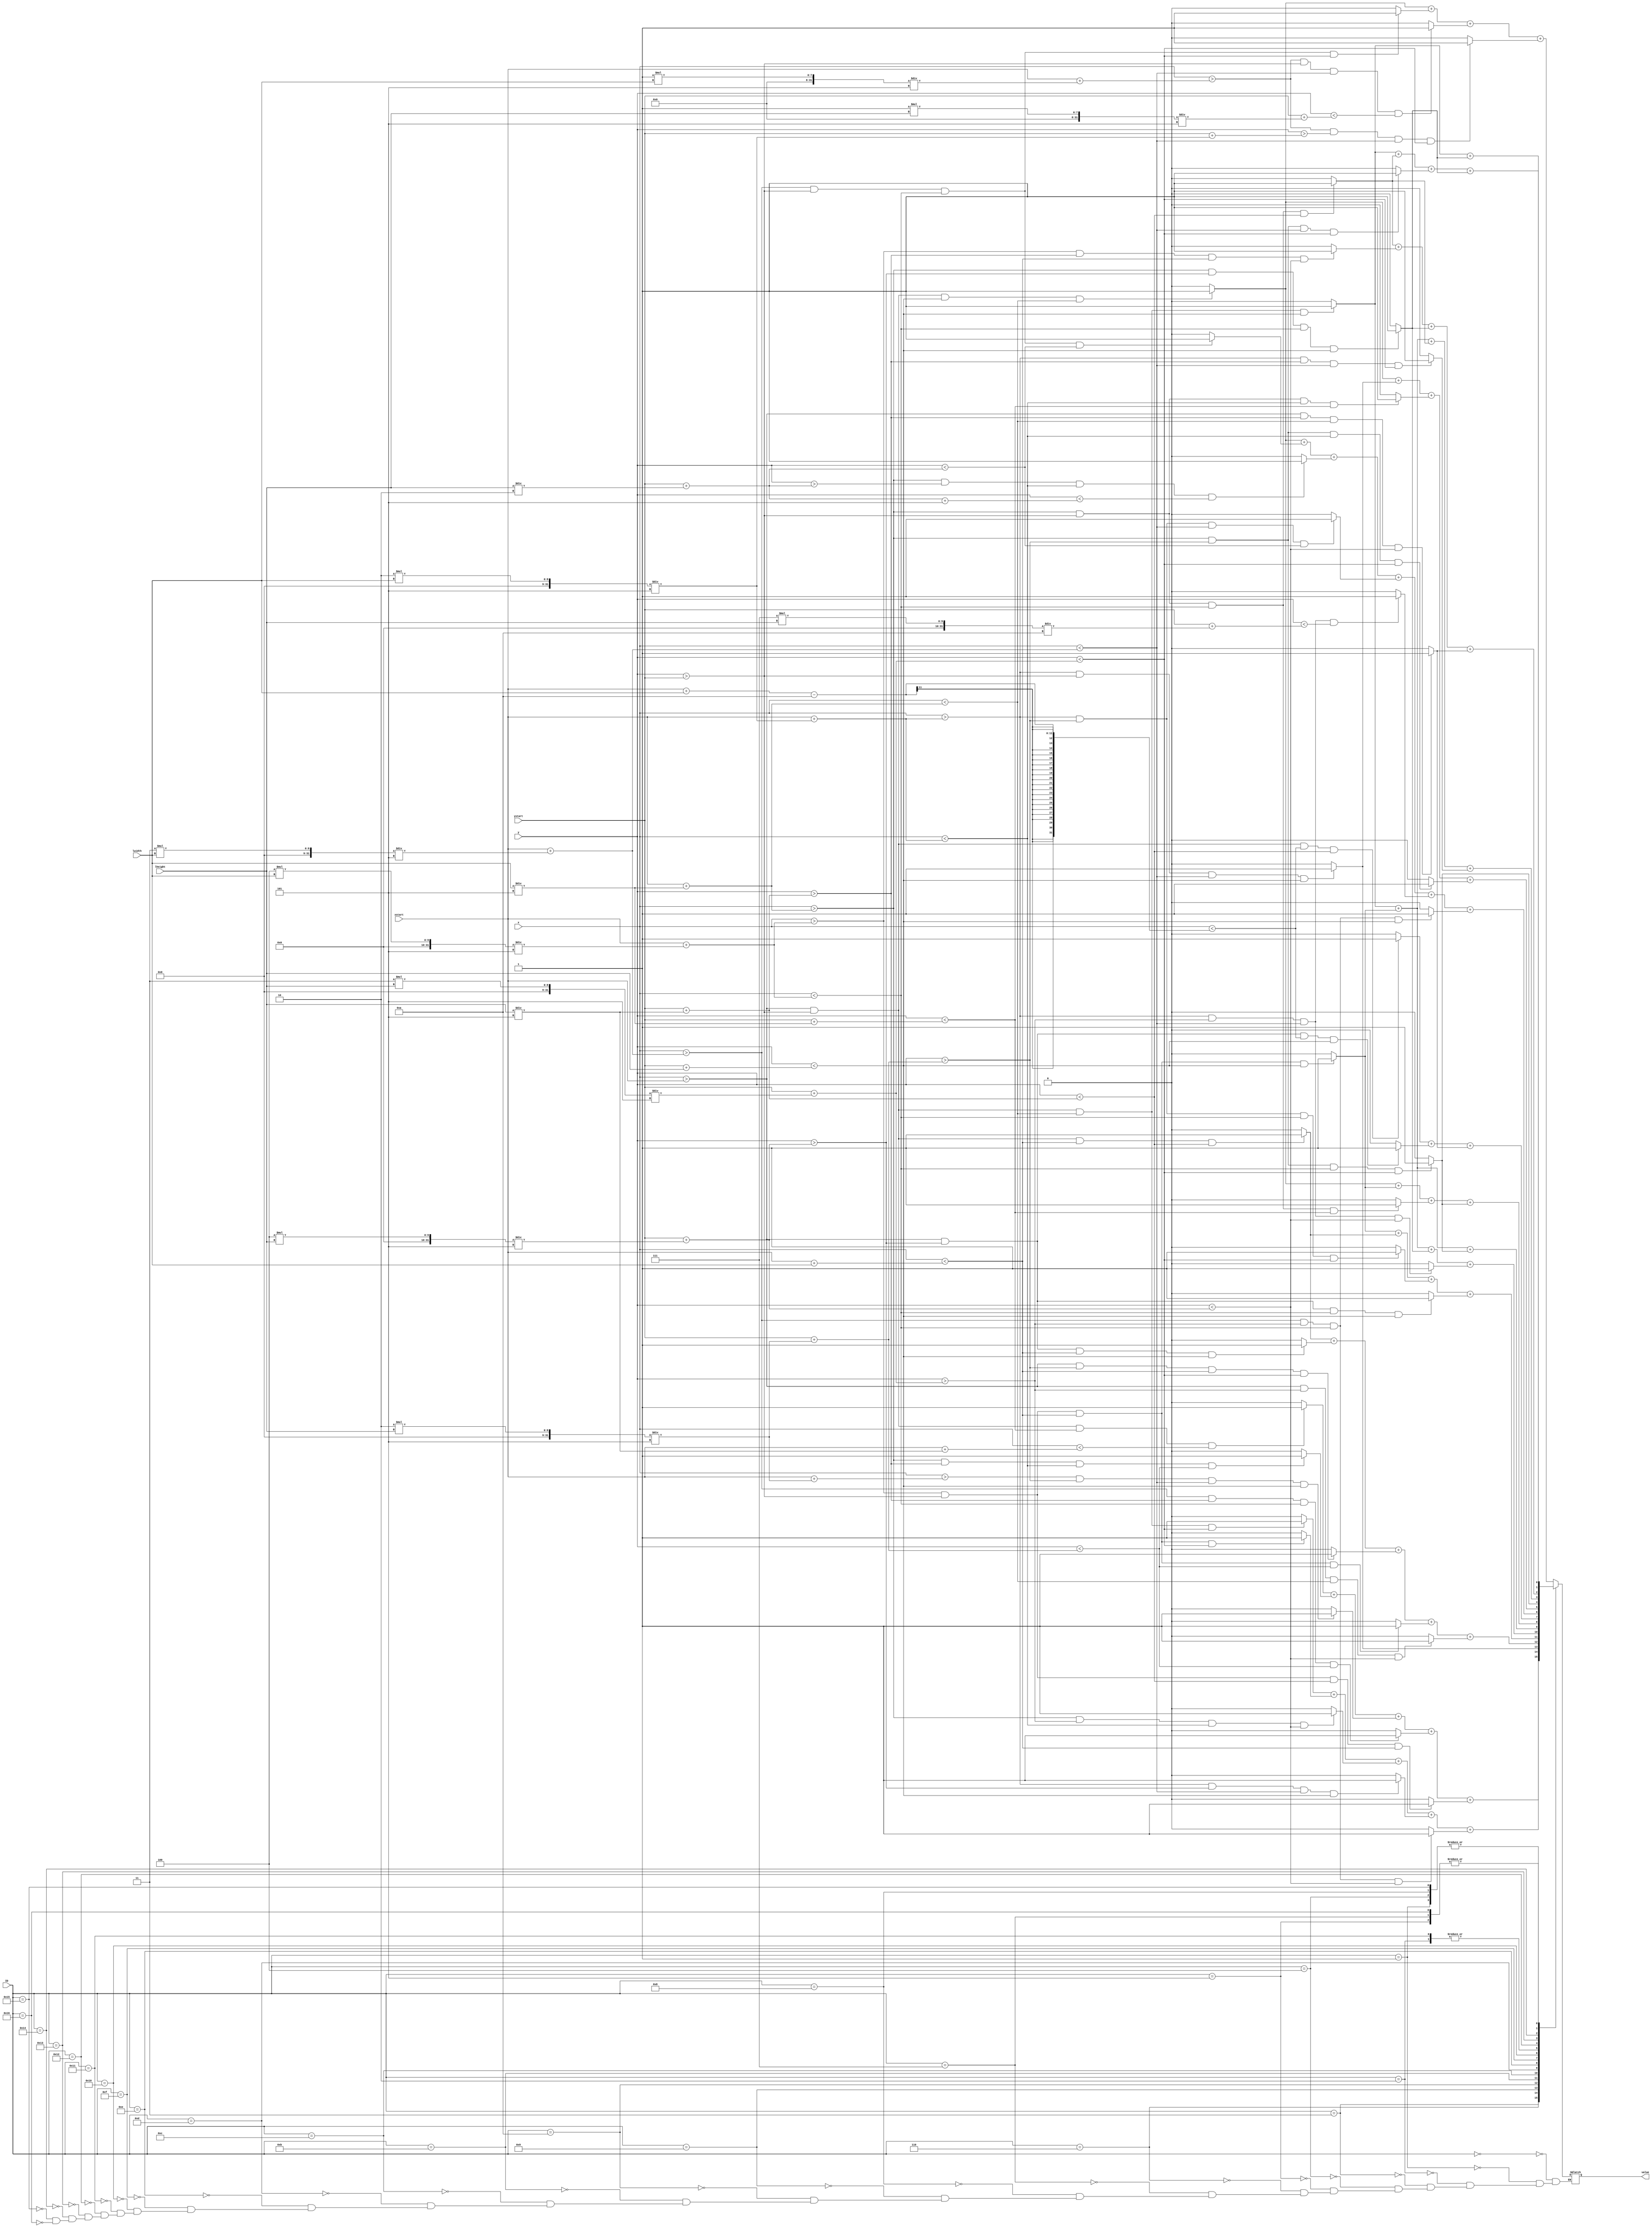
`timescale 1ns / 1ps
//////////////////////////////////////////////////////////////////////////////////
// Company: 
// Engineer: 
// 
// Design Name: 
// Module Name: lettermap
// Project Name: 
// Target Devices: 
// Tool Versions: 
// Description: 
// 
// Dependencies: 
// 
// Revision:
// Revision 0.01 - File Created
// Additional Comments:
// 
//////////////////////////////////////////////////////////////////////////////////


module lettermap2(
input [6:0] lheight,
input [6:0] lwidth,
input [9:0] xstart,
input [8:0] ystart,
input [9:0] x,
input [8:0] y,
input [5:0] ID,
output reg value 
    );
    
 wire P1,P2,P3,P4,L1,L2,A1,A2,A3,A4,Y1,Y2,Y3,Y4,Y5,L3,L4,E1,E2,E3,E4,V1,V2,V3,V4,V5,E5,E6,E7,E8,L5,L6,one,two1,two2,two3,two4,two5,three1,three2,three3,three4;
 wire W1,W2,W3,W4,H1,H2,H3,A5,A6,A7,A8,C1,C2,C3,K1,K2,K3,K4,K5,K6,dash1,A9,A10,A11,A12,dash2,M1,M2,M3,M4,O1,O2,O3,O4,L7,L8,E9,E10,E11,E12;
 
 //reg outp, outl, outa, outy;
 //P
 assign P1 = ((x > xstart) & (y > ystart) & (y < ystart+lheight) & (x < xstart+(lwidth/5))) ? 1 : 0;
 assign P2 = ((x > xstart+(3*lwidth/5)) & (y > ystart) & (x < xstart+(4*lwidth/5)) & (y < ystart+(3*lheight/5))) ? 1:0;
 assign P3 = ((x > xstart+(1*lwidth/5)) & (y > ystart) & (x < xstart+(3*lwidth/5)) & (y < ystart+(1*lheight/5))) ? 1:0;
 assign P4 = ((x > xstart+(1*lwidth/5)) & (y > ystart+(2*lwidth/5)) & (x < xstart+(3*lwidth/5)) & (y < ystart+(3*lheight/5))) ? 1:0;
 
 //L1
 assign L1 = ((x > xstart) & (y > ystart) & (x < xstart+(lwidth/5)) & (y < ystart+lheight)) ? 1:0;
 assign L2 = ((x > xstart+(lwidth/5)) & (y > ystart+(4*lheight/5)) & (x < xstart+(4*lwidth/5)) & (y < ystart+lheight)) ? 1:0;

//A2
assign A1 = ((x > xstart) & (y > ystart) & (y < ystart+lheight) & (x < xstart+(lwidth/5))) ? 1 : 0;
assign A2 = ((x > xstart+(2*lwidth/5)) & (y > ystart) & (x < xstart+(3*lwidth/5)) & (y < ystart+lheight)) ? 1:0;
assign A3 = ((x > xstart+(lwidth/5)) & (y > ystart) & (x < xstart+(2*lwidth/5)) & (y < ystart+(lwidth/5))) ? 1:0;
assign A4 = ((x > xstart+(lwidth/5)) & (y > ystart+(2*lheight/5)) & (x < xstart+(2*lwidth/5)) & (y < ystart+(3*lheight/5))) ? 1:0;

//Y
assign Y1 = ((x > xstart) & (y > ystart) & (y < ystart+(lwidth/5)) & (x < xstart+(lheight/5))) ? 1:0;
assign Y2 = ((x > xstart+(lwidth/5)) & (y > ystart+(lheight/5)) & (x < xstart+(2*lwidth/5)) & (y < ystart+(2*lheight/5))) ? 1:0;
assign Y3 = ((x > xstart+(2*lheight/5)) & (y > ystart+(2*lheight/5)) & (x < xstart+(3*lwidth/5)) & (y < (ystart+lheight))) ? 1:0;
assign Y4 = ((x > xstart+(3*lwidth/5)) & (y > ystart+(lheight/5)) & (x < xstart+(4*lwidth/5)) & (y < (ystart+2*lheight/5))) ? 1:0;
assign Y5 = ((x > xstart+(4*lwidth/5)) & (y > ystart) & (y < ystart+(lheight/5)) & (x < xstart+lwidth)) ? 1:0;

//L2
 assign L3 = ((x > xstart) & (y > ystart) & (x < xstart+(lwidth/5)) & (y < ystart+lheight)) ? 1:0;
 assign L4 = ((x > xstart+(lwidth/5)) & (y > ystart+(4*lheight/5)) & (x < xstart+(4*lwidth/5)) & (y < ystart+lheight)) ? 1:0;
 
 //E1
 assign E1 = ((x > xstart) & (y > ystart) & (x < xstart+(lwidth/5)) & (y < ystart+lheight)) ? 1:0;
 assign E2 = ((x > xstart+(lwidth/5)) & (y > ystart) & (x<xstart+(4*lwidth/5)) & (y < ystart+lheight/5)) ? 1:0;
 assign E3 = ((x > xstart+(lwidth/5)) & (y > ystart+(2*lheight/5)) & (x<xstart+(3*lwidth/5)) & (y < ystart+(3*lheight/5))) ? 1:0;
 assign E4 = ((x > xstart+(lwidth/5)) & (y > ystart+(4*lheight/5)) & (x<xstart+(4*lwidth/5)) & (y < ystart+lheight)) ? 1:0;
 
 //v
 assign V1 = ((x > xstart) & (y > ystart) & (x < xstart+(lwidth/5)) & (y < ystart+(3*lheight/5))) ? 1:0;
 assign V2 = ((x > xstart+(4*lwidth/5)) & (y > ystart) & (x < xstart+lwidth) & (y < ystart+(3*lheight/5))) ? 1:0;
 assign V3 = ((x > xstart+lwidth/5) & (y > ystart+(3*lheight/5)) & (x < xstart+(2*lwidth/5)) & (y < ystart+(4*lheight/5))) ? 1:0;
 assign V4 = ((x > xstart+(2*lwidth/5)) & (y > ystart+(4*lheight/5)) & (x < xstart+(3*lwidth/5)) & (y < ystart+lheight)) ? 1:0;  
 assign V5 = ((x > xstart+(3*lwidth/5)) & (y > ystart+(3*lheight/5)) & (x < xstart+(4*lwidth/5)) & (y < ystart+(4*lheight/5))) ? 1:0;
  
//E2
 assign E5 = ((x > xstart) & (y > ystart) & (x < xstart+(lwidth/5)) & (y < ystart+lheight)) ? 1:0;
 assign E6 = ((x > xstart+(lwidth/5)) & (y > ystart) & (x<xstart+(4*lwidth/5)) & (y < ystart+lheight/5)) ? 1:0;
 assign E7 = ((x > xstart+(lwidth/5)) & (y > ystart+(2*lheight/5)) & (x<xstart+(3*lwidth/5)) & (y < ystart+(3*lheight/5))) ? 1:0;
 assign E8 = ((x > xstart+(lwidth/5)) & (y > ystart+(4*lheight/5)) & (x<xstart+(4*lwidth/5)) & (y < ystart+lheight)) ? 1:0;   
   
 //L3
 assign L5 = ((x > xstart) & (y > ystart) & (x < xstart+(lwidth/5)) & (y < ystart+lheight)) ? 1:0;
 assign L6 = ((x > xstart+(lwidth/5)) & (y > ystart+(4*lheight/5)) & (x < xstart+(4*lwidth/5)) & (y < ystart+lheight)) ? 1:0;
 
 
 
 //1
 assign one = ((x > xstart+(2*lwidth/5)) & (y > ystart) & (x < xstart+(3*lwidth/5)) & (y < ystart+lheight)) ? 1:0;
 
 //2
 assign two1 = ((x > xstart) & (y > ystart) & (x < xstart+lwidth) & (y < ystart+lheight/5)) ? 1:0;
 assign two2 = ((x > xstart) & (y > ystart+(4*lheight/5)) & (x < xstart+lwidth) & (y < ystart+lheight)) ? 1:0;
 assign two3 = ((x > xstart) & (y > ystart+(2*lheight/5)) & (x < xstart+lwidth) & (y < ystart+(3*lheight/5))) ? 1:0;
 assign two4 = ((x > xstart+(4*lwidth/5)) & (y > ystart) & (x < xstart+lwidth) & (y < ystart+(2*lheight/5))) ? 1:0;
 assign two5 = ((x > xstart) & (y > ystart+(3*lheight/5)) & (x < xstart+lwidth/5) & (y < ystart+(4*lheight/5))) ? 1:0;

//3
assign three1 = ((x > xstart+(4*lwidth/5)) & (y>ystart) & (x<xstart+lwidth) & (y < ystart+lheight)) ? 1:0; 
assign three2 = ((x > xstart) & (y>ystart) & (x<xstart+lwidth) & (y < ystart+lheight/5)) ? 1:0; 
assign three3 = ((x > xstart+(2*lwidth/5)) & (y>ystart+(2*lheight/5)) & (x<xstart+(4*lwidth/5)) & (y < ystart+(3*lheight/5))) ? 1:0; 
assign three4 = ((x > xstart) & (y>ystart+(4*lheight/5)) & (x<xstart+(4*lwidth/5)) & (y < ystart+lheight)) ? 1:0; 

 
 //W
 assign W1 = ((x > xstart) & (y > ystart) & (x < xstart+lwidth/5) & (y < ystart+lheight)) ? 1:0;
 assign W2 = ((x > xstart+(4*lwidth/5)) & (y > ystart) & (x < xstart+lwidth) & (y < ystart+lheight)) ? 1:0;
 assign W3 = ((x > xstart+lwidth/5) & (y > ystart+(4*lheight/5)) & (x < xstart+(4*lwidth/5)) & (y < ystart+lheight)) ? 1:0;
 assign W4 = ((x > xstart+(2*lwidth/5)) & (y > ystart+(3*lheight/5)) & (x < xstart+(3*lwidth/5)) & (y < ystart+(4*lheight/5))) ? 1:0;

 //H
 assign H1 = ((x > xstart) & (y > ystart) & (x < xstart+lwidth/5) & (y < ystart+lheight)) ? 1:0;
 assign H2 = ((x > xstart+(4*lwidth/5)) & (y > ystart) & (x < xstart+lwidth) & (y < ystart+lheight)) ? 1:0;
 assign H3 = ((x > xstart+lwidth/5) & (y> ystart+(2*lheight/5)) & (x < xstart+(4*lwidth/5)) & (y < ystart+(3*lheight/5))) ? 1:0;
 
 //A2
assign A5 = ((x > xstart) & (y > ystart) & (y < ystart+lheight) & (x < xstart+(lwidth/5))) ? 1 : 0;
assign A6 = ((x > xstart+(4*lwidth/5)) & (y > ystart) & (x < xstart+lwidth) & (y < ystart+lheight)) ? 1:0;
assign A7 = ((x > xstart+lwidth/5) & (y > ystart) & (x < xstart+(4*lwidth/5)) & (y < ystart+lwidth/5)) ? 1:0;
assign A8 = ((x > xstart+lwidth/5) & (y > ystart+(2*lheight/5)) & (x < xstart+(4*lwidth/5)) & (y < ystart+(3*lheight/5))) ? 1:0;

//C 

assign C1 = ((x > xstart) & (y > ystart) & (x < xstart+lwidth-10) & (y < ystart+lheight/5)) ? 1:0;
assign C2 = ((x > xstart) & (y > ystart+(4*lheight/5)) & (x < xstart+lwidth-10) & (y < ystart+lheight)) ? 1:0;
assign C3 = ((x > xstart) & (y > ystart+lheight/5) & (x < xstart+lwidth/5) & (y < ystart+(4*lheight/5))) ? 1:0;

//K
assign K1 = ((x > xstart) & (y > ystart) & (y < ystart + lheight) & (x < xstart + (lwidth / 5))) ? 1 : 0;
assign K2 = ((x > xstart + (3 * lwidth / 5)) & (y > ystart) & (x < xstart + (4 * lwidth / 5)) & (y < ystart + (lheight / 2))) ? 1 : 0;
assign K3 = ((x > xstart + (lwidth / 5)) & (y > ystart + (lheight / 2)) & (x < xstart + (2 * lwidth / 5)) & (y < ystart + (lheight / 2) + 5)) ? 1 : 0;
assign K4 = ((x > xstart + (2 * lwidth / 5)) & (y > ystart + (2 * lheight / 5)) & (x < xstart + (3 * lwidth / 5)) & (y < ystart + (lheight / 2))) ? 1 : 0;
assign K5 = ((x > xstart + (2 * lwidth / 5)) & (y > ystart + (3 * lheight / 5)) & (x < xstart + (3 * lwidth / 5)) & (y < ystart + (7 * lheight / 10))) ? 1 : 0;
assign K6 = ((x > xstart + (3 * lwidth / 5)) & (y > ystart + (3 * lheight / 5)) & (x < xstart + (4 * lwidth / 5)) & (y < ystart + lheight)) ? 1 : 0;

//dash1 

assign dash1 = ((x> xstart+lwidth/5) & (y>ystart+(2*lheight/5)) & (x<xstart+(4*lwidth/5)) & (y < ystart+(3*lheight/5))) ? 1:0;

//A3
assign A9 = ((x > xstart) & (y > ystart) & (y < ystart+lheight) & (x < xstart+(lwidth/5))) ? 1 : 0;
assign A10 = ((x > xstart+(2*lwidth/5)) & (y > ystart) & (x < xstart+(3*lwidth/5)) & (y < ystart+lheight)) ? 1:0;
assign A11 = ((x > xstart+(lwidth/5)) & (y > ystart) & (x < xstart+(2*lwidth/5)) & (y < ystart+(lwidth/5))) ? 1:0;
assign A12 = ((x > xstart+(lwidth/5)) & (y > ystart+(2*lheight/5)) & (x < xstart+(2*lwidth/5)) & (y < ystart+(3*lheight/5))) ? 1:0;


//dash2 

assign dash2 = ((x> xstart+lwidth/5) & (y>ystart+(2*lheight/5)) & (x<xstart+(4*lwidth/5)) & (y < ystart+(3*lheight/5))) ? 1:0;


//M
 assign M1 = ((x > xstart) & (y > ystart) & (x < xstart+lwidth/5) & (y < ystart+lheight)) ? 1:0;
 assign M2 = ((x > xstart+(4*lwidth/5)) & (y > ystart) & (x < xstart+lwidth) & (y < ystart+lheight)) ? 1:0;
 assign M3 = ((x>xstart+lwidth/5) & (y>ystart) & (x<xstart+(4*lwidth/5)) & (y<ystart+lheight/5)) ?1:0;
 assign M4 = ((x>xstart+(2*lwidth/5)) & (y>ystart+(lheight/5)) & (x<xstart+(3*lwidth/5)) & (y<ystart+(3*lheight/5))) ?1:0;
 
 //O
 assign O1 = ((x>xstart+lwidth/5) & (y>ystart) & (x<xstart+(4*lwidth/5)) & (y<ystart+lheight/5)) ?1:0;
 assign O2 = ((x>xstart+(4*lwidth/5)) & (y>ystart+lheight/5) & (x<xstart+lwidth) & (y<ystart+(4*lheight/5))) ?1:0;
 assign O3 = ((x>xstart+lwidth/5) & (y>ystart+(4*lheight/5)) & (x<xstart+(4*lwidth/5)) & (y<ystart+lheight)) ?1:0;
 assign O4 = ((x>xstart) & (y>ystart+lheight/5) & (x<xstart+lwidth/5) & (y<ystart+(4*lheight/5))) ?1:0;


//L4
 assign L7 = ((x > xstart) & (y > ystart) & (x < xstart+(lwidth/5)) & (y < ystart+lheight)) ? 1:0;
 assign L8 = ((x > xstart+(lwidth/5)) & (y > ystart+(4*lheight/5)) & (x < xstart+(4*lwidth/5)) & (y < ystart+lheight)) ? 1:0;
 
 
//E3
 assign E9 = ((x > xstart) & (y > ystart) & (x < xstart+(lwidth/5)) & (y < ystart+lheight)) ? 1:0;
 assign E10 = ((x > xstart+(lwidth/5)) & (y > ystart) & (x<xstart+(4*lwidth/5)) & (y < ystart+lheight/5)) ? 1:0;
 assign E11 = ((x > xstart+(lwidth/5)) & (y > ystart+(2*lheight/5)) & (x<xstart+(3*lwidth/5)) & (y < ystart+(3*lheight/5))) ? 1:0;
 assign E12 = ((x > xstart+(lwidth/5)) & (y > ystart+(4*lheight/5)) & (x<xstart+(4*lwidth/5)) & (y < ystart+lheight)) ? 1:0;   





 
 always @(x,y) begin 
 case (ID)
 0: value = P1+P2+P3+P4;
 1: value = L1+L2;
 2: value = A1+ A2+A3+A4;
 3: value = Y1+Y2+Y3+Y4+Y5; 
 4: value = L3+L4;
 5: value = E1+E2+E3+E4;
 6: value = V1+V2+V3+V4+V5;
 7: value = E5+E6+E7+E8;
 8: value = L5+L6;
 9: value = one;
 10: value = two1+two2+two3+two4+two5;
 11: value = three1+three2+three3+three4;
 12: value = W1+W2+W3+W4;
 13: value = H1+H2+H3;
 14: value = A5+A6+A7+A8;
 15: value = C1+C2+C3;
 16: value = K1+K2+K3+K4+K5+K6;
 17: value = A9+A10+A11+A12;
 18: value = dash2;
 19: value = M1+M2+M3+M4;
 20: value = O1+O2+O3+O4;
 21: value = L7+L8;
 22: value = E9+E10+E11+E12;
 
 endcase
 end
    
    
endmodule